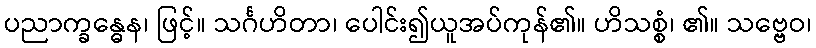
ပညာက္ခန္ဓေန၊ ဖြင့်။ သင်္ဂဟိတာ၊ ပေါင်း၍ယူအပ်ကုန်၏။ ဟိသစ္စံ၊ ၏။ သဗ္ဗေဝ၊